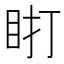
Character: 𰥗